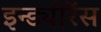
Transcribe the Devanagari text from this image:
इन्ड्योरेंस